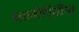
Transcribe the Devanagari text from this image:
चालीरितींना